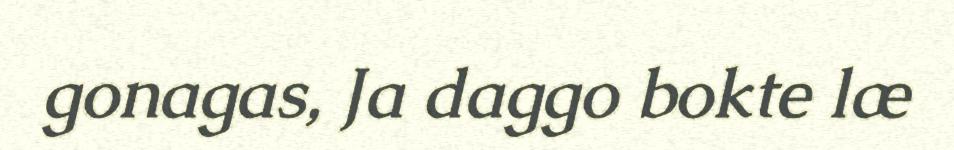
gonagas, Ja daggo bokte læ